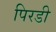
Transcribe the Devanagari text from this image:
पिरडी